Problem: 21 + 34 = ?
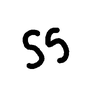
Handwritten answer: 55